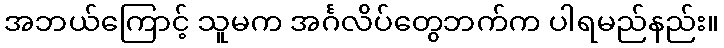
အဘယ်ကြောင့် သူမက အင်္ဂလိပ်တွေဘက်က ပါရမည်နည်း။